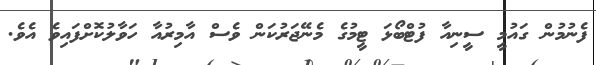
ފެނުމުން ގައުމީ ސީނިއާ ފުޓްބޯޅަ ޓީމުގެ މެނޭޖަރުކަން ވެސް އާމިރުއާ ހަވާލުކޮށްފައިވެ އެވެ.